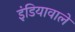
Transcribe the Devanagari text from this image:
इंडियावाले